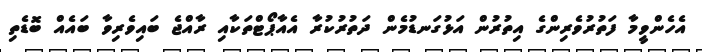
އެހެންވީމާ ފަތުރުވެރިންގެ އިތުރުން އަޅުގަނޑުމެން ދަތުރުކުރާ އެއާޕޯޓްތަކާއި ރާއްޖެ ބައިވެރިވާ ބައެއް ބޮޑެތި